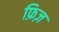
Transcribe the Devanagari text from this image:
फ़िज़